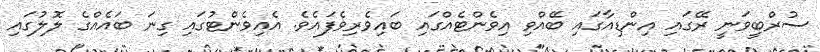
ސުރްބީވަނީ ރޭގައި އިންޑިއާގައި ބޭއްވި އިވެންޓެއްގައި ބައިވެރިވެފައެވެ. އެއިވެންޓުގައި ގިނަ ބައެއްގެ ލޮލުގައި